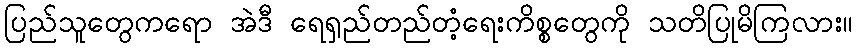
ပြည်သူတွေကရော အဲဒီ ရေရှည်တည်တံ့ရေးကိစ္စတွေကို သတိပြုမိကြလား။